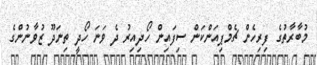
މުބާރާތުގެ ފިރިހެން ޗެމްޕިއަންކަން ސިފައިން ހޯދިއިރު ދެ ވަނަ ހޯދީ ތިނަދޫ ޒުވާނުންގެ